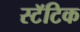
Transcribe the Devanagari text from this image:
स्टॅटिक